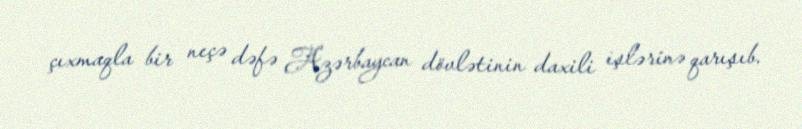
çıxmaqla bir neçə dəfə Azərbaycan dövlətinin daxili işlərinə qarışıb.